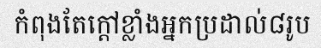
កំពុងតែក្តៅខ្លាំងអ្នកប្រដាល់៨រូប